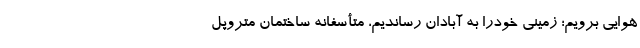
هوایی برویم؛ زمینی خودرا به آبادان رساندیم، متأسفانه ساختمان متروپل